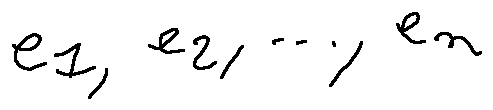
e _ { 1 } , e _ { 2 } , \ldots , e _ { n }